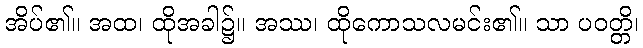
အိပ်၏။ အထ၊ ထိုအခါ၌။ အဿ၊ ထိုကောသလမင်း၏။ သာ ပဝတ္တိ၊